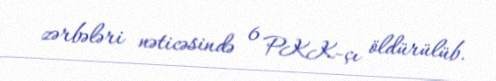
zərbələri nəticəsində 6 PKK-çı öldürülüb.